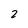
Character: 2